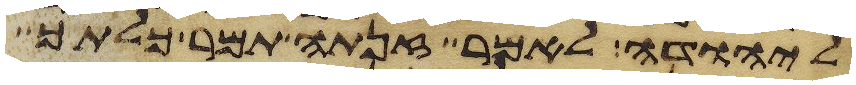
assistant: ליהודה לאמר זנתה תמר כלתך